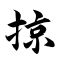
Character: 掠